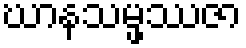
ဃာနသမ္ဖဿဇာ